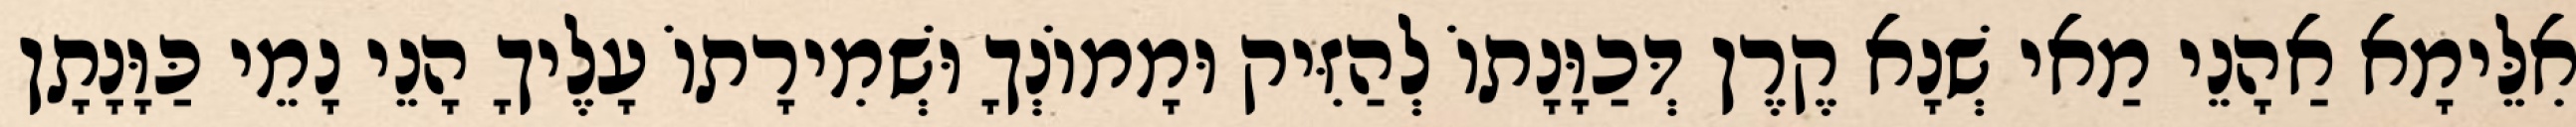
אִלֵּימָא אַהָנֵי מַאי שְׁנָא קֶרֶן דְּכַוָּנָתוֹ לְהַזִּיק וּמָמוֹנְךָ וּשְׁמִירָתוֹ עָלֶיךָ הָנֵי נָמֵי כַּוָּנָתָן